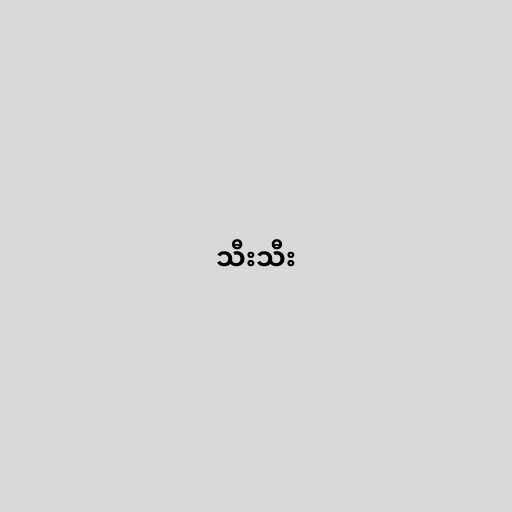
သီးသီး